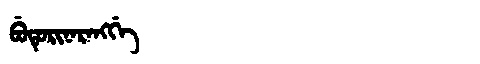
Manchu: ᠪᡠᡨᡠᡵᡳᠨᠠᡵᠠᠩᡤᡝ
Romanization: BUTURINARANGGE